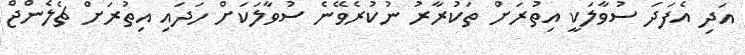
އަދި އެފަދަ ސުވާލަކީ އިތުރަށް ތަކުރާރު ނުކުރެވޭނެ ސުވާލަކަށް ހަދައި އިތުރަށް ޗެލެންޖް